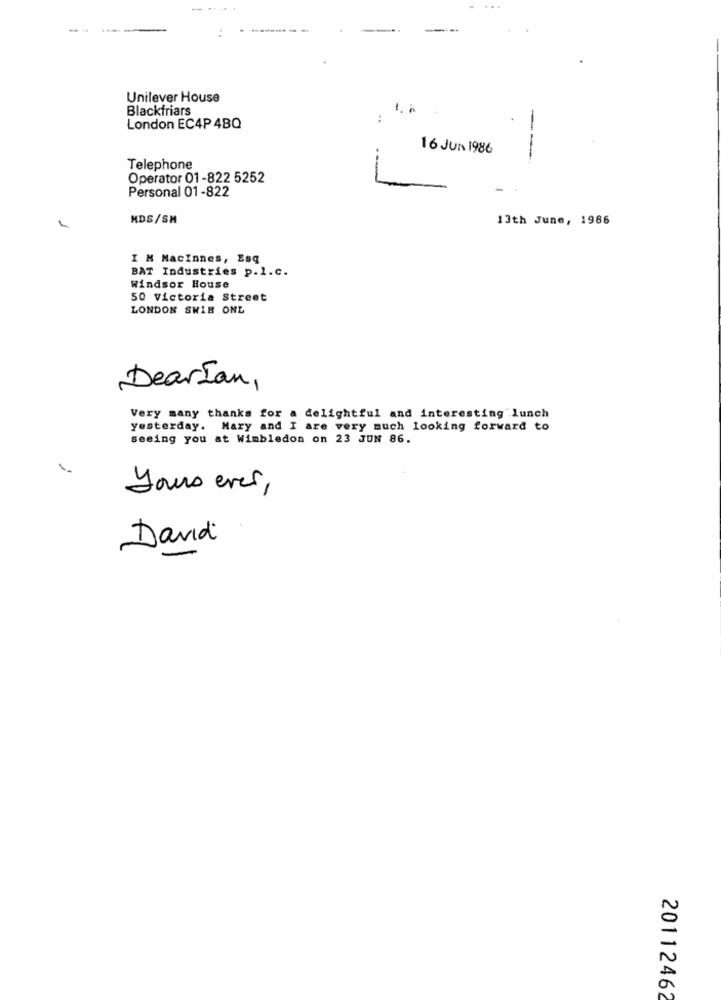
-...
--
----
------
Unilever House
Blackfriars
:
London EC4P 4BQ
-
16 JUN 1986
-
Telephone
--
Operator 01-822 5252
Personal 01-822
HDS/SM
13th June, 1986
I M MacInnes, Esq
BAT Industries p.l.c.
Windsor House
50 Victoria Street
LONDON SWIB ONL
DearIan,
Very many thanks for a delightful and interesting lunch
yesterday. Mary and I are very much looking forward to
seeing you at Wimbledon on 23 JUN 86.
yours ever,
David
20112462